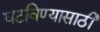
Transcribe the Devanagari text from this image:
घटविण्यासाठी